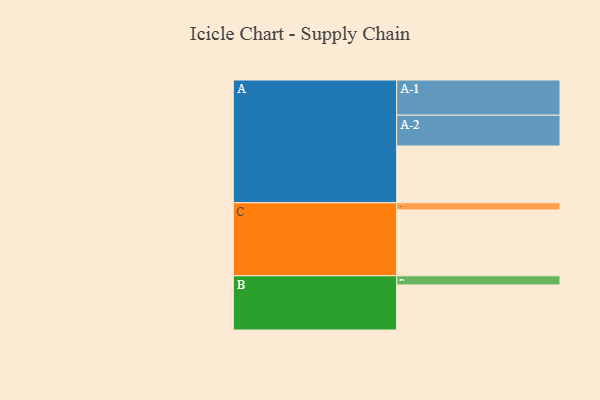
{"axis": {"x": "Segment", "y": "Value"}, "legend": ["", "A", "B", "C"], "data": [{"x": "A", "y": 421, "type": ""}, {"x": "B", "y": 334, "type": ""}, {"x": "C", "y": 488, "type": ""}, {"x": "A-1", "y": 261, "type": "A"}, {"x": "A-2", "y": 228, "type": "A"}, {"x": "B-1", "y": 68, "type": "B"}, {"x": "C-1", "y": 53, "type": "C"}]}